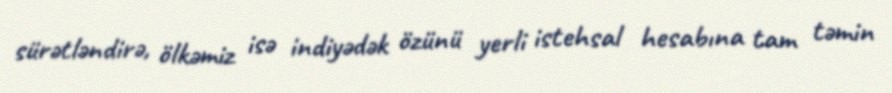
sürətləndirə, ölkəmiz isə indiyədək özünü yerli istehsal hesabına tam təmin